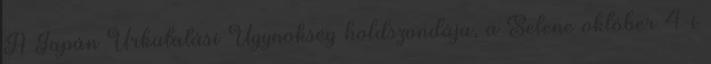
A Japán Űrkutatási Ügynökség holdszondája, a Selene október 4-i